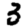
Digit: 3